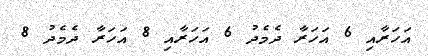
އަހަރާއި 6 އަހަރާ ދެމެދު 6 އަހަރާއި 8 އަހަރާ ދެމެދު 8